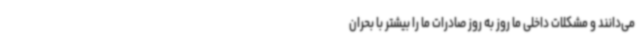
می‌دانند و مشکلات داخلی ما روز به روز صادرات ما را بیشتر با بحران